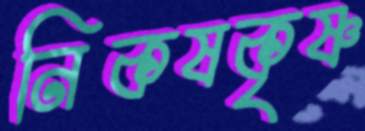
নিকষকৃষ্ণ